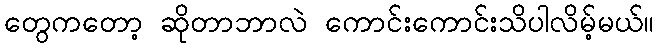
တွေကတော့ ဆိုတာဘာလဲ ကောင်းကောင်းသိပါလိမ့်မယ်။